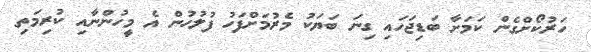
ހަރުކޯށްގެން ކަމަށާ ބަޑިޖަހައި ގިނަ ބަޔަކު މެރުމަށްފަހު ފުލުހުން އެ މީހުންނާއި ކުރިމަތި